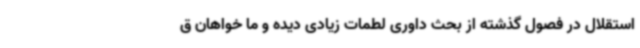
استقلال در فصول گذشته از بحث داوری لطمات زیادی دیده و ما خواهان ق